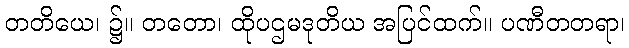
တတိယေ၊ ၌။ တတော၊ ထိုပဌမဒုတိယ အပြင်ထက်။ ပဏီတတရာ၊